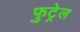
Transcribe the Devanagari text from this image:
फुट्रेल